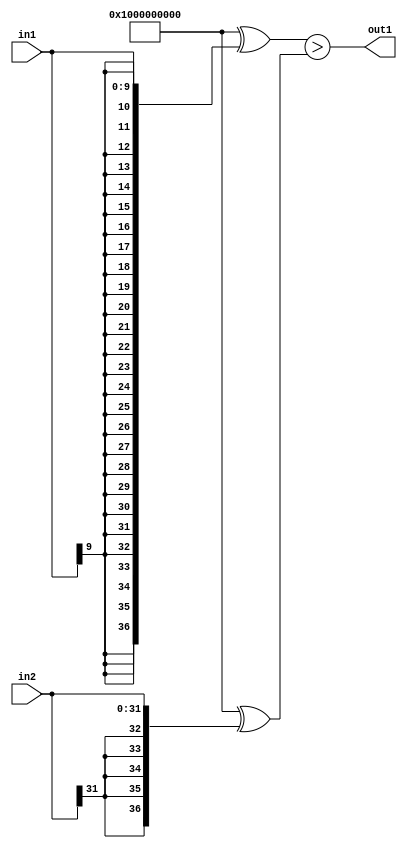
`timescale 1ps / 1ps
/*****************************************************************************
    Verilog RTL Description
    
    
    Created by: Stratus DpOpt 2019.1.01 
*******************************************************************************/

module DC_Filter_LessThan_32Sx10S_1U_4 (
	in2,
	in1,
	out1
	); /* architecture "behavioural" */ 
input [31:0] in2;
input [9:0] in1;
output  out1;
wire  asc001;

assign asc001 = ((37'B1000000000000000000000000000000000000 ^ {{27{in1[9]}}, in1})>(37'B1000000000000000000000000000000000000
    ^ {{5{in2[31]}}, in2}));

assign out1 = asc001;
endmodule

/* CADENCE  uLb2SQA= : u9/ySgnWtBlWxVPRXgAZ4Og= ** DO NOT EDIT THIS LINE ******/